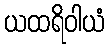
ယထရိဝါယံ